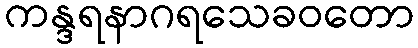
ကန္ဒရနာဂရသေခဝတော